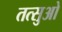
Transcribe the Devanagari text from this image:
तत्सुओ